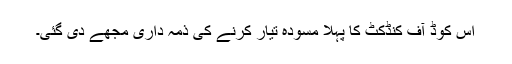
اس کوڈ آف کنڈکٹ کا پہلا مسودہ تیار کرنے کی ذمہ داری مجھے دی گئی۔